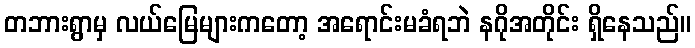
တဘားရွာမှ လယ်မြေများကတော့ အရောင်းမခံရဘဲ နဂိုအတိုင်း ရှိနေသည်။